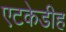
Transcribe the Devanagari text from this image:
एटकेडीह